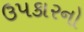
ઉપકારનો